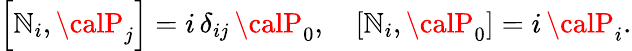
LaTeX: \left[\mathbb{N}_{i},{\calP}_{j}\right]=i\, \delta_{ij}\, {\calP}_{0},\quad\left[\mathbb{N}_{i},{\calP}_{0}\right]=i\, {\calP}_{i}.